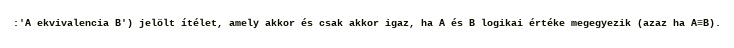
:'A ekvivalencia B') jelölt ítélet, amely akkor és csak akkor igaz, ha A és B logikai értéke megegyezik (azaz ha A≡B).